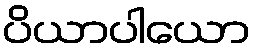
ပိယာပါယော